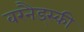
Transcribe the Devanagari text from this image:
वरनैड्स्की